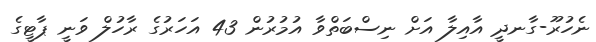
ނެހުރޫ-ގާނދީ އާއިލާ އަށް ނިސްބަތްވާ އުމުރުން 43 އަހަރުގެ ރާހުލް ވަނީ ޕާޓީގެ